Reports on dispensaries and lunatic asylums in the Province of Oudh - 1869-1876
Year: 1869
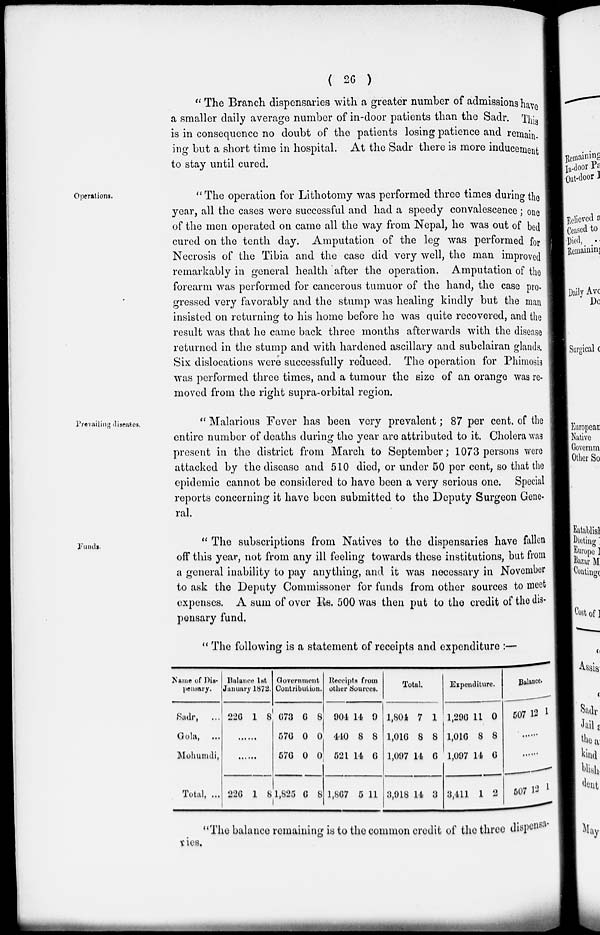
( 26 )
" The Branch dispensaries with a greater number of admissions have
a smaller daily average number of in-door patients than the Sadr. This
is in consequence no doubt of the patients losing patience and remain-
ing but a short time in hospital. At the Sadr there is more inducement
to stay until cured.
Operations.
"The operation for Lithotomy was performed three times during the
year, all the cases were successful and had a speedy convalescence; one
of the men operated on came all the way from Nepal, he was out of bed
cured on the tenth day. Amputation of the leg was performed for
Necrosis of the Tibia and the case did very well, the man improved
remarkably in general health after the operation. Amputation of the
forearm was performed for cancerous tumuor of the hand, the case pro-
gressed very favorably and the stump was healing kindly but the man
insisted on returning to his home before he was quite recovered, and the
result was that he came back three months afterwards with the disease
returned in the stump and with hardened ascillary and subclairan glands.
Six dislocations were successfully reduced. The operation for Phimosis
was performed three times, and a tumour the size of an orange was re-
moved from the right supra-orbital region.
Prevailing diseases.
" Malarious Fever has been very prevalent; 87 per cent. of the
entire number of deaths during the year are attributed to it. Cholera was
present in the district from March to September; 1073 persons were
attacked by the disease and 510 died, or under 50 per cent, so that the
epidemic cannot be considered to have been a very serious one. Special
reports concerning it have been submitted to the Deputy Surgeon Gene-
ral.
Funds.
" The subscriptions from Natives to the dispensaries have fallen
off this year, not from any ill feeling towards these institutions, but from
a general inability to pay anything, and it was necessary in November
to ask the Deputy Commissoner for funds from other sources to meet
expenses. A sum of over Rs. 500 was then put to the credit of the dis-
pensary fund.
" The following is a statement of receipts and expenditure :—
Name of Dis-
pensary.
Sadr, ..
Gola, ...
Mohumdi,
Total, ...
Balance 1st
January 1872.
226 1 8
...
...
226 1 8
Government
Contribution.
673
576
576
1,825
6
0
0
6
8
0
0
8
Receipts from
other Sources.
904
440
521
1,867
14
8
14
5
9
8
6
11
Total.
1,804
1,016
1,097
3,918
7
8
14
14
1
8
6
3
Expenditure.
1,296
1,016
1,097
3,411
11
8
14
1
0
8
6
2
Balance.
507 12 1
......
......
507 12 1
"The balance remaining is to the common credit of the three dispensa-
ries.